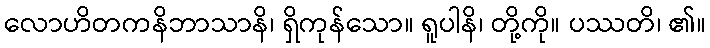
လောဟိတကနိဘာသာနိ၊ ရှိကုန်သော။ ရူပါနိ၊ တို့ကို။ ပဿတိ၊ ၏။